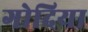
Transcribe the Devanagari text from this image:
गोदिया